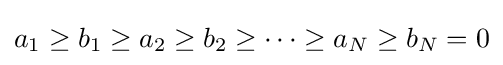
a_{1}\geq b_{1}\geq a_{2}\geq b_{2}\geq \cdots \geq a_{N}\geq b_{N}=0